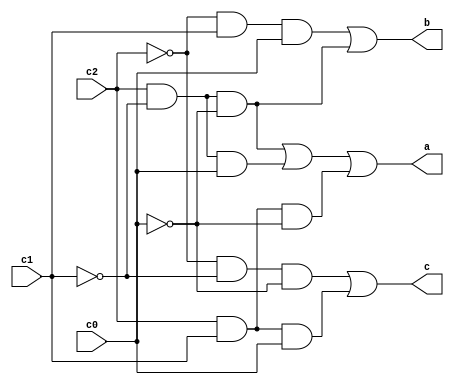
module control(c2, c1, c0, a, b, c);
	
	input c2, c1, c0;
	output a, b, c;

	// c2, c1, c0 are MSB - LSB bits of end of 65 bit output - following modified booths algorithm
	// a: controls whether to add/subtract; 0 add, 1 subtract
	// b: controls whether to additional left shift mutiplicand; 0 leave as is, 1 left shift
	// c: controls whether to feed in 32'b0 into final adder; 0 don't, 1 use 32'b0

	wire nc2, nc1, nc0;
	not my_not_c2(nc2, c2);
	not my_not_c1(nc1, c1);
	not my_not_c0(nc0, c0);

	wire a_1, a_2, a_3;
	and my_a1(a_1, c2, nc1, nc0);
	and my_a2(a_2, c2, nc1, c0);
	and my_a3(a_3, c2, c1, nc0);
	or my_a(a, a_1, a_2, a_3);

	wire b_1, b_2;
	and my_b1(b_1, nc2, c1, c0);
	and my_b2(b_2, c2, nc1, nc0);
	or my_b(b, b_1, b_2);

	wire c_1, c_2;
	and my_c1(c_1, nc2, nc1, nc0);
	and my_c2(c_2, c2, c1, c0);
	or my_c(c, c_1, c_2);

endmodule